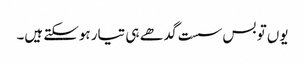
یوں تو بس سست گدھے ہی تیار ہوسکتے ہیں۔